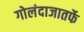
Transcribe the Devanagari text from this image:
गोलंदाजातर्फे